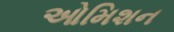
ઓમિશન